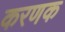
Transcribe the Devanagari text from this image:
करणक